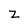
Character: Z